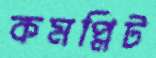
কমপ্লিট